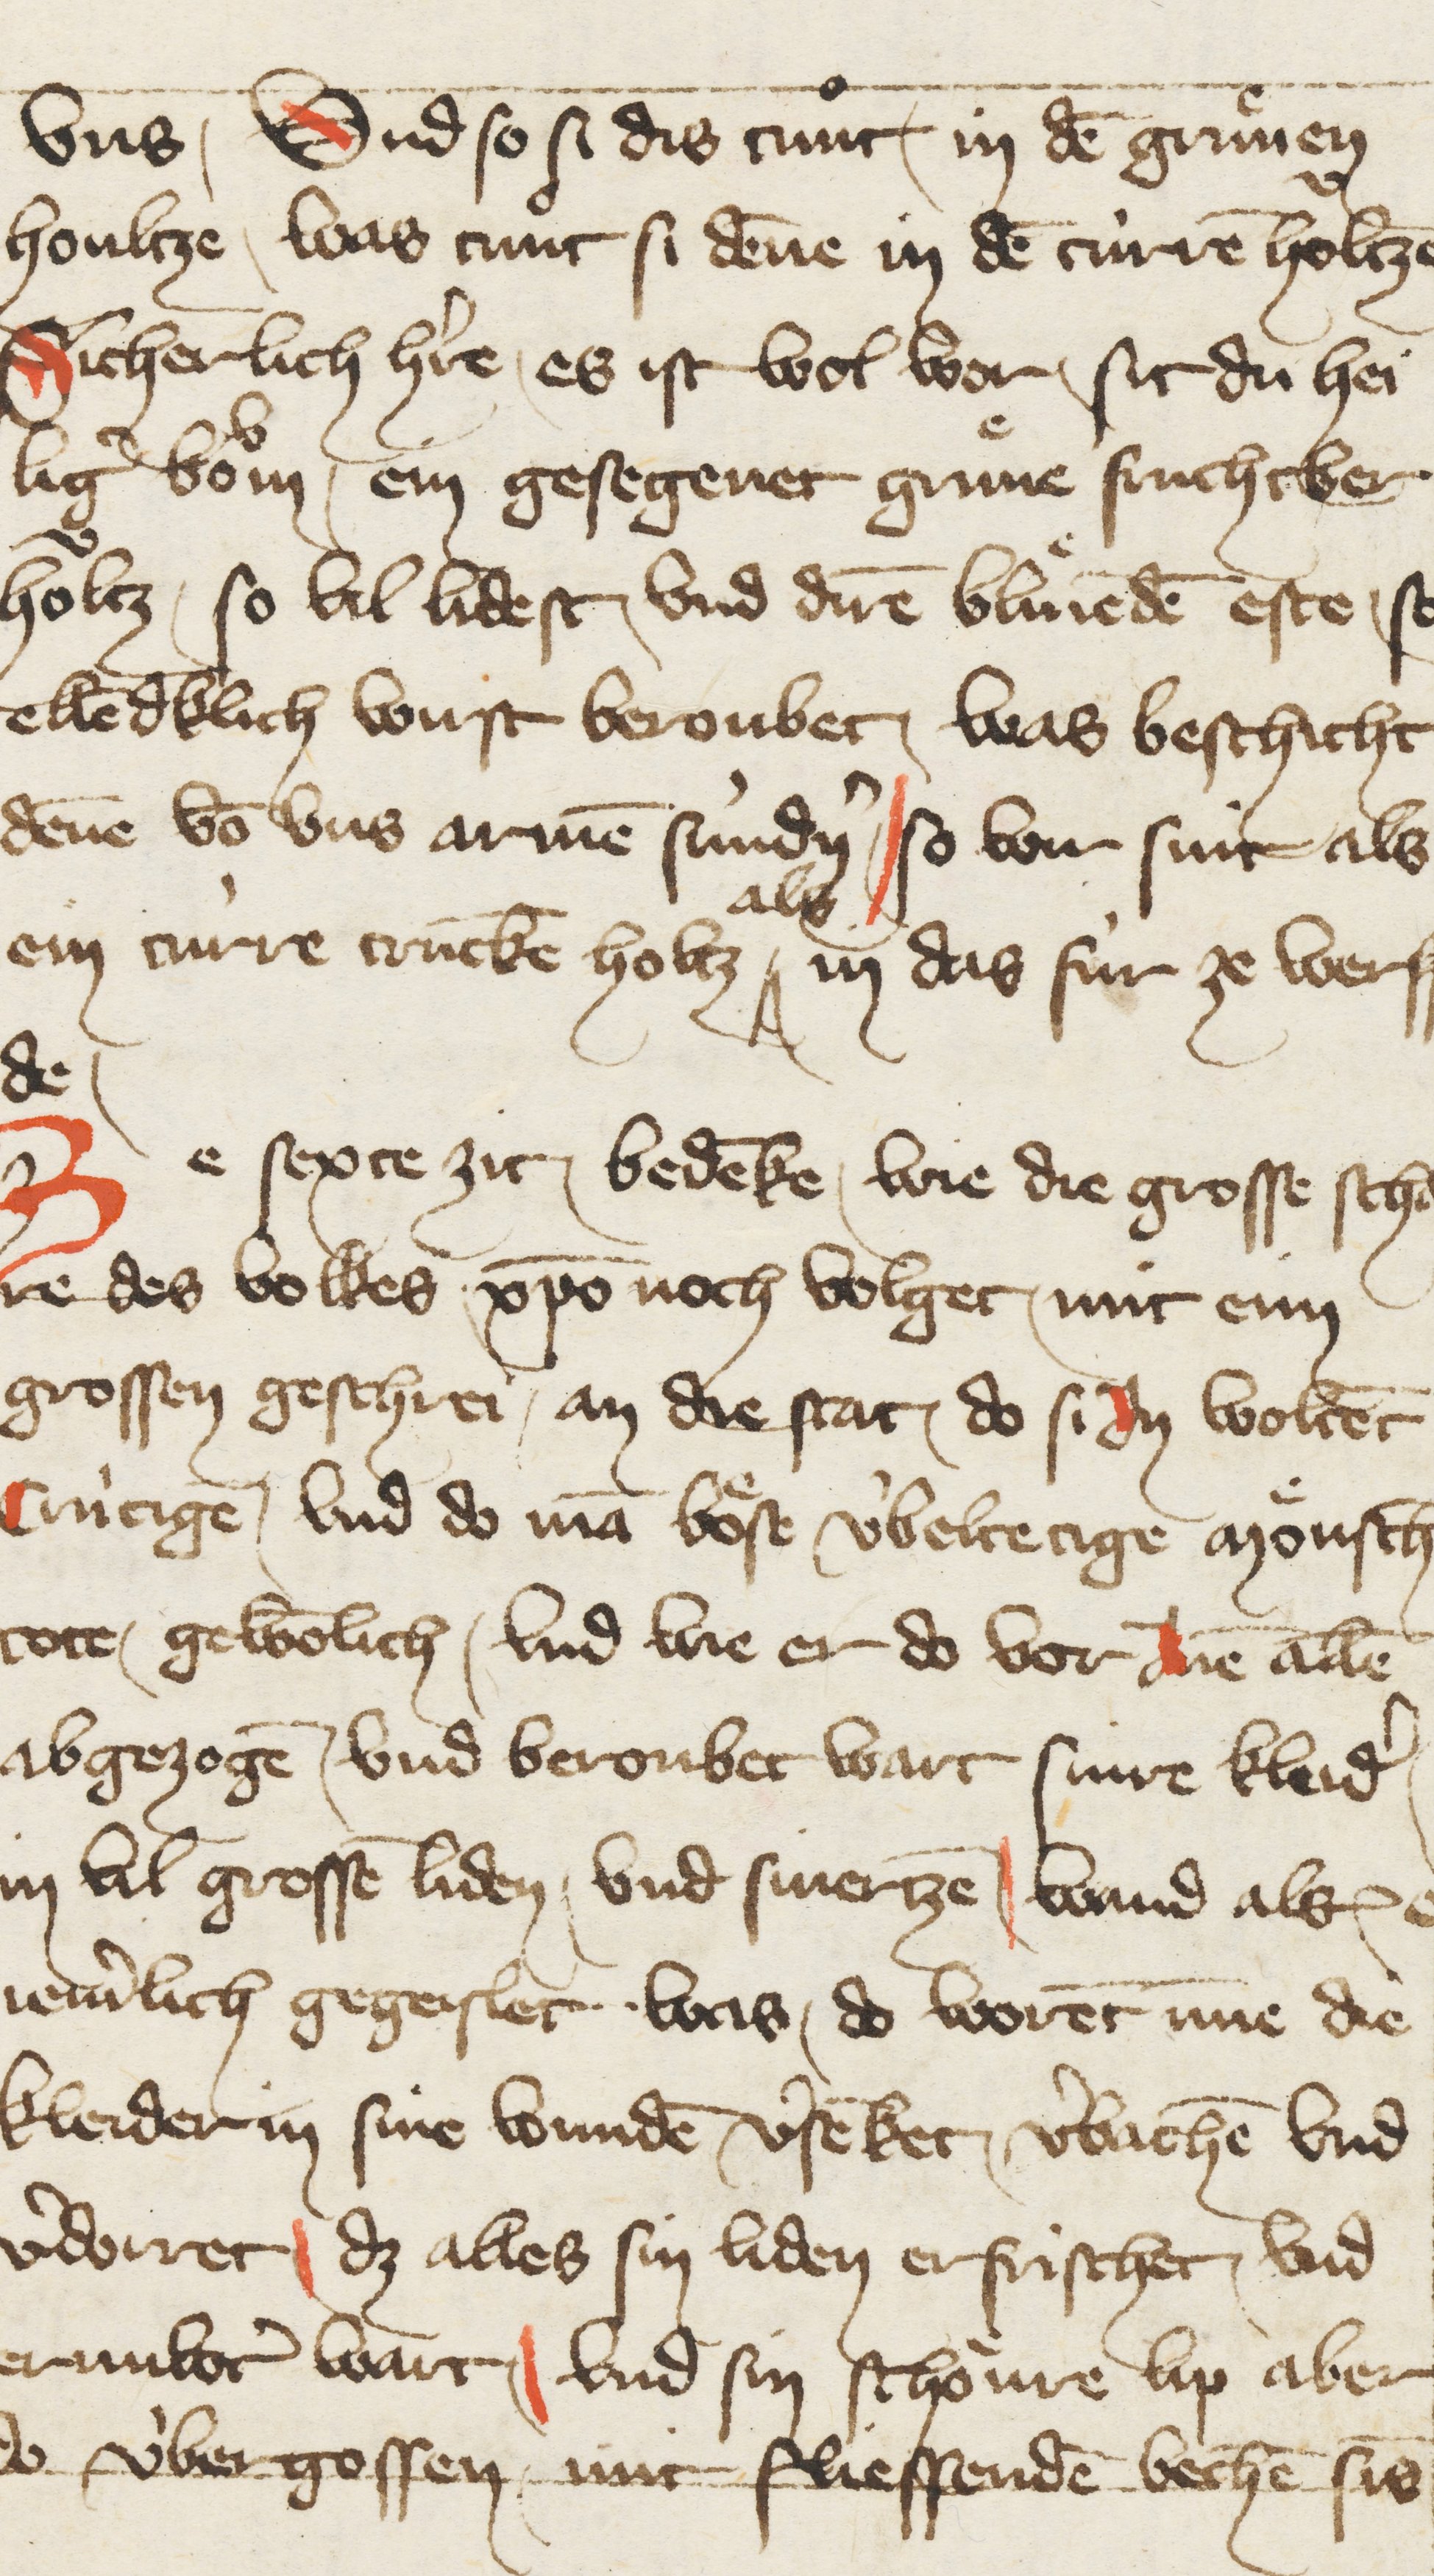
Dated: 1396–1403